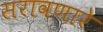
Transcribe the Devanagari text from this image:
सरावणारे